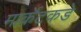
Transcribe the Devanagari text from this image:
मार्केटकडे